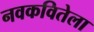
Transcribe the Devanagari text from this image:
नवकवितेला